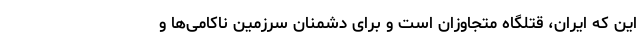
این که ایران، قتلگاه متجاوزان است و برای دشمنان سرزمین ناکامی‌ها و